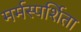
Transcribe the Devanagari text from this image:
मर्मस्पर्शिता